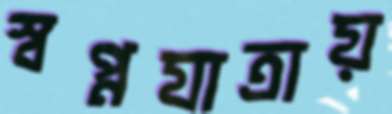
স্বপ্নযাত্রায়